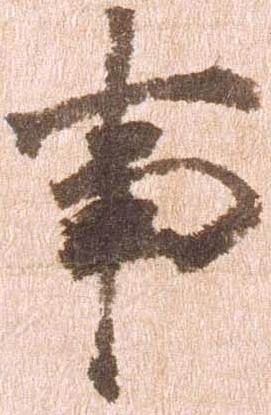
事